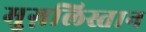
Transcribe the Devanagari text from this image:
मुग़लिस्तान